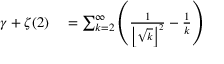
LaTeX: \begin{array} { r l } { \gamma + \zeta ( 2 ) } & { { } = \sum _ { k = 2 } ^ { \infty } \left( { \frac { 1 } { \left\lfloor { \sqrt { k } } \right\rfloor ^ { 2 } } } - { \frac { 1 } { k } } \right) } \end{array}